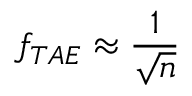
f _ { T A E } \approx \frac { 1 } { \sqrt { n } }